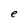
Character: e